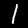
Digit: 1